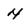
Character: 4